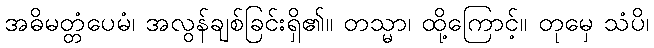
အဓိမတ္တံပေမံ၊ အလွန်ချစ်ခြင်းရှိ၏။ တသ္မာ၊ ထို့ကြောင့်။ တုမှေ သံပိ၊